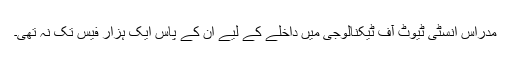
مدراس انسٹی ٹیوٹ آف ٹیکنالوجی میں داخلے کے لیے ان کے پاس ایک ہزار فیس تک نہ تھی۔